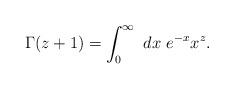
LaTeX: \begin{align*} \Gamma(z+1) =\int^\infty_0\,\,dx\,\,e^{-x}x^z.\end{align*}